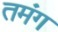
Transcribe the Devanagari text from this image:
तमंग